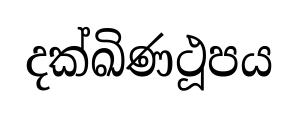
දක්ඛිණථූපය